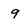
Character: 9